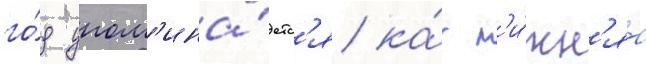
го́д упом'ина́етс'я ка́к н'и́жн'яа